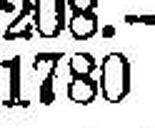
1780